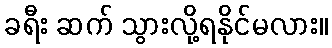
ခရီး ဆက် သွားလို့ရနိုင်မလား။